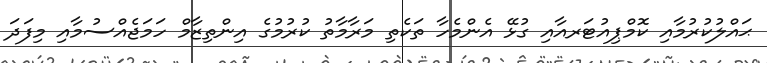
ޙައްލުކުރުމާއި ކޮމްޕިއުޓަރއާއި ގުޅޭ އެންމެހާ ތަކެތި މަރާމާތު ކުރުމުގެ އިންތިޒާމް ހަމަޖެއްސުމާއި މިފަދަ